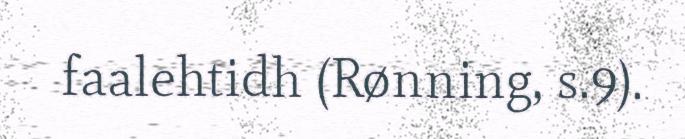
faalehtidh (Rønning, s.9).